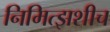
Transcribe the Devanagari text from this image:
निमित्झशीच